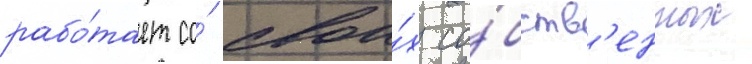
рабо́тает со́ свои́х со́бств'енных